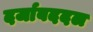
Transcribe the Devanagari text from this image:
दर्जाबददल